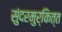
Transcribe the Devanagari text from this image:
सुंदरमुर्कित्त